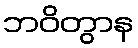
ဘဝိတွာန